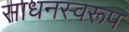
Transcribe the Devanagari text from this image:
साधनस्वरूप